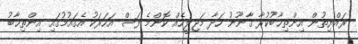
ރައްޔިތުން އިންތިޚާބުކުރާ ގާނޫނު ހަދާ މަޖިލީހެއް ކޮންމެ ފަސް އަހަރަކު އެގައުމުގައި އިންތިޚާބު